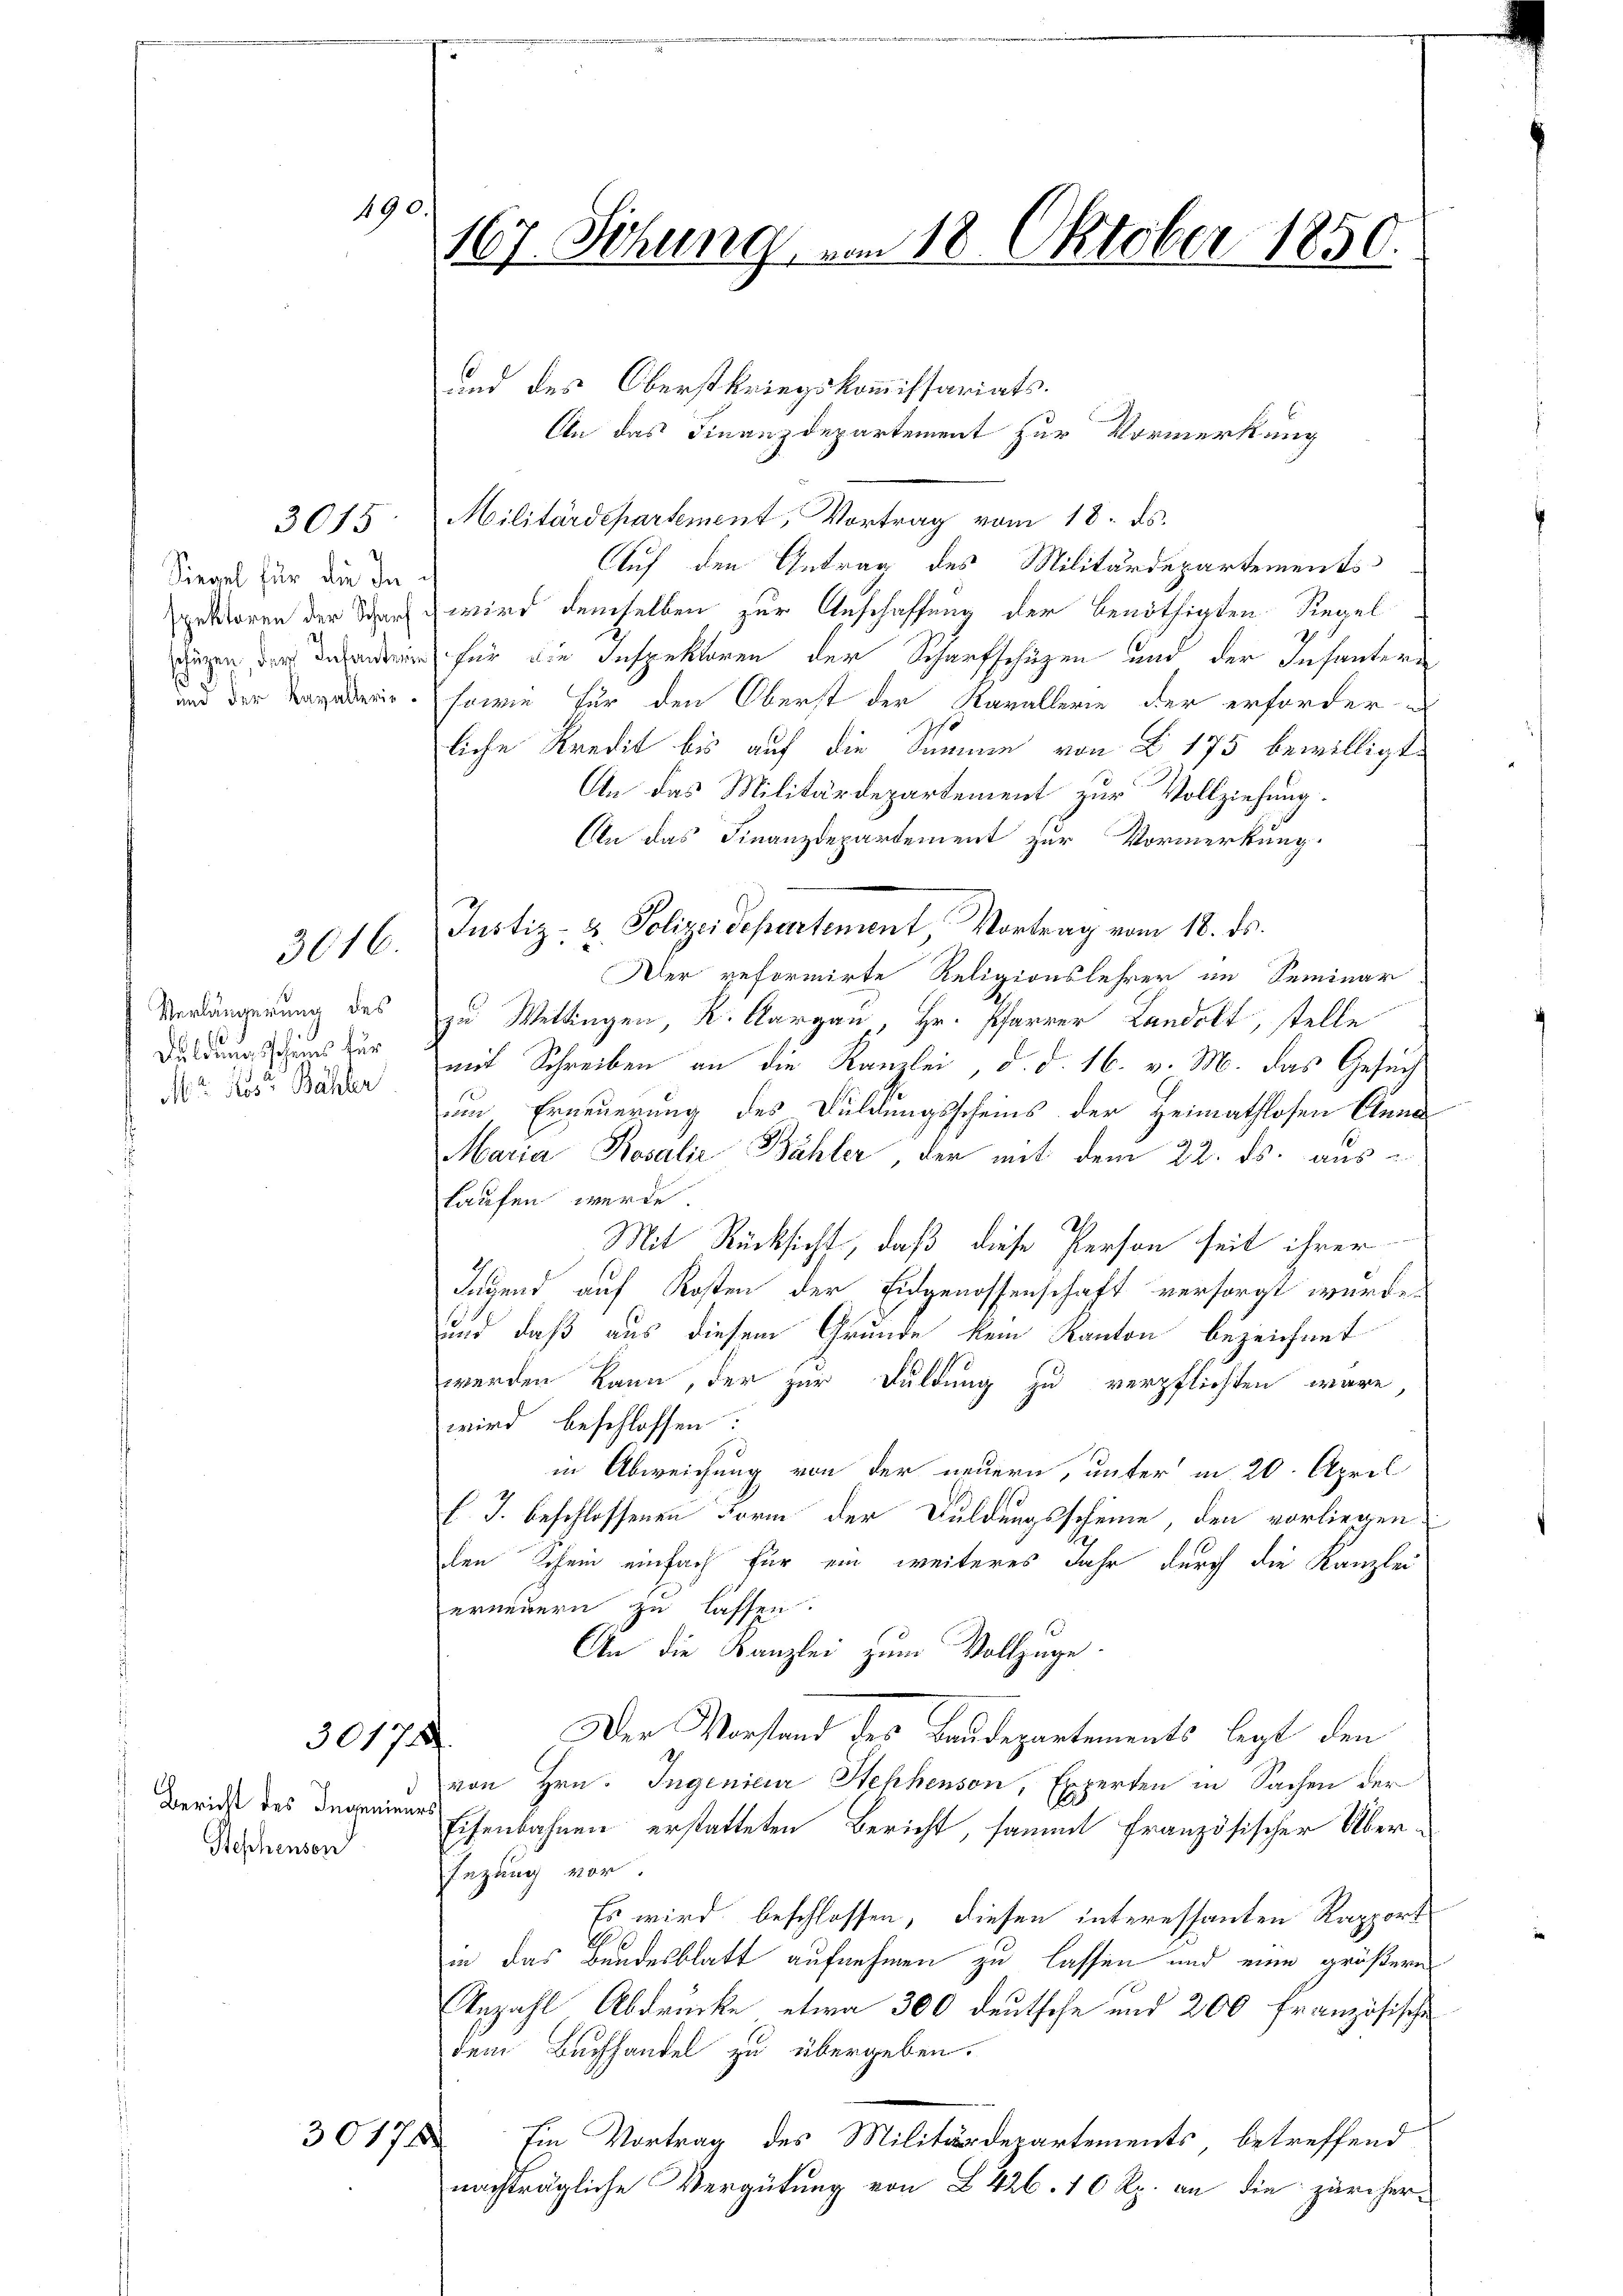
3015

190

Siegel für die In
spektoren der Scharf
sofügen, der Infanterie

und der Kavallerie-

Verlängerung des
Duldungsscheins für
Mt. des Bähler

3616.

3017.

Bericht des Ingenieurs
Beschensen

30178/

167. Sitzung vom 18. Oktober 1850.

und des Oberstkriegskommissariats¬
An das Finanzdepartement zur Vormerkung
Militärdepartement, Vortrag vom 18. ds.
Auf den Antrag des Militärdepartements
wird demselben zur Anschaffung der benöthigten Siegel
für die Inspektoren der Scharfschüzen und der Infanteri
sowie für den Oberst der Narallerie der erforder-
liche Kredit bis auf die Summe von § 175 bewilligt:
An das Militärdepartement zur Vollziehung.
An das Finanzdepartement zur Vormerkung.
Justiz- & Polizeidepartement Vortrag vom 18. ds.
Der reformirte Religionslehrer an Seminar
zu Wettingen K. Aargau, Hr. Pfarrer Landolt, stelle
mit Schreiben an die Kanzlei, d. d. 16. v. M. das Gesuch
em Erneuerung des Duldungsscheins der Heimathlosen Anna
Maria Rosalić Bähler, der mit dem 22. ds. auskaufen werde.
Mit Rücksicht, daß diese Person seit ihrer
Jugend auf Kosten der Eidgenossenschaft versorgt wurde.
und daß aus diesem Grunde kein Kanton bezeichnet
werden kann, der zur Duldung zu verpflichten wäre,
wird beschlossen:
in Abweichung von der neuern, unter in 20. April
l. J. beschlossenen Form der Duldungsscheine, den vorliegen
den Schein einfach für ein weiteres Jahr durch die Kanzlei
erneuern zu lassen.
An die Kanzlei zum Vollzüge
Der Vorstand des Baudepartements legt den
von Hrn. Ingenieur Stehhenson, Experten in Sachen der
Eisenbahnen erstatteten Bericht, sammt französischer Über¬
Inzung vor.
Es wird beschlossen, diesen interessanten Rapport
in das Bundesblatt aufnehmen zu lassen und eine größern
Anzahl Abdrücke etwa 300 deutsche und 200 Französische
dem Buchhandel zu übergeben.
Ein Vortrag des Militärdepartements betreffend
nachträgliche Vergütung von § 426. 10 Rp. an die zürcher-